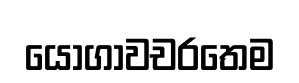
යෝගාවචරතෙම